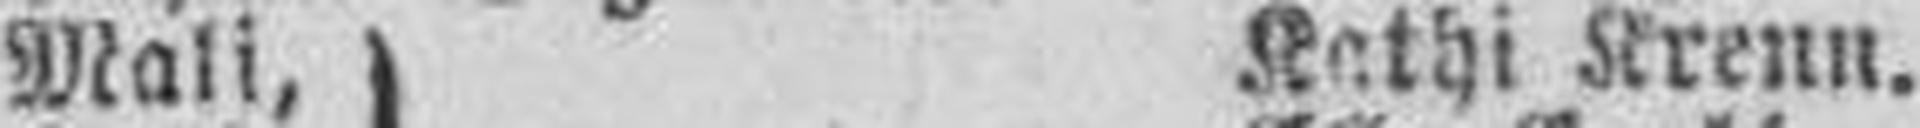
Mali, seine Töchler Kathi Krenn.